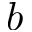
b